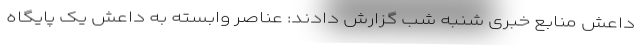
داعش منابع خبری شنبه شب گزارش دادند: عناصر وابسته به داعش یک پایگاه